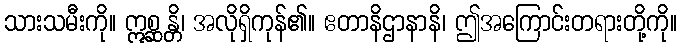
သားသမီးကို။ ဣစ္ဆန္တိ၊ အလိုရှိကုန်၏။ ဧတာနိဌာနာနိ၊ ဤအကြောင်းတရားတို့ကို။